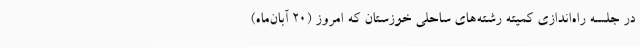
در جلسه راه‌اندازی کمیته رشته‌های ساحلی خوزستان که امروز (20 آبان‌ماه)